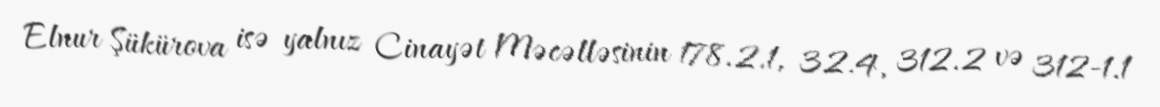
Elnur Şükürova isə yalnız Cinayət Məcəlləsinin 178.2.1, 32.4, 312.2 və 312-1.1